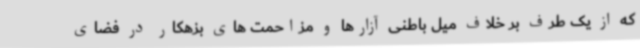
که از یک طرف بر خلاف میل باطنی آزارها و مزاحمت های بزهکار در فضای